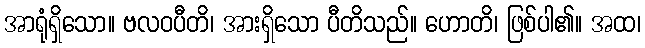
အာရုံရှိသော။ ဗလဝပီတိ၊ အားရှိသော ပီတိသည်။ ဟောတိ၊ ဖြစ်ပါ၏။ အထ၊